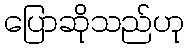
ပြောဆိုသည်ဟု